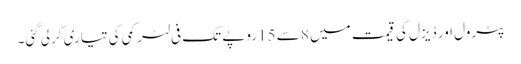
پٹرول اور ڈیزل کی قیمت میں 8 سے 15روپے تک فی لٹر کمی کی تیاری کرلی گئی۔